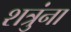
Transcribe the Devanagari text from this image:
शत्रुंना